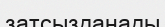
затсызданады